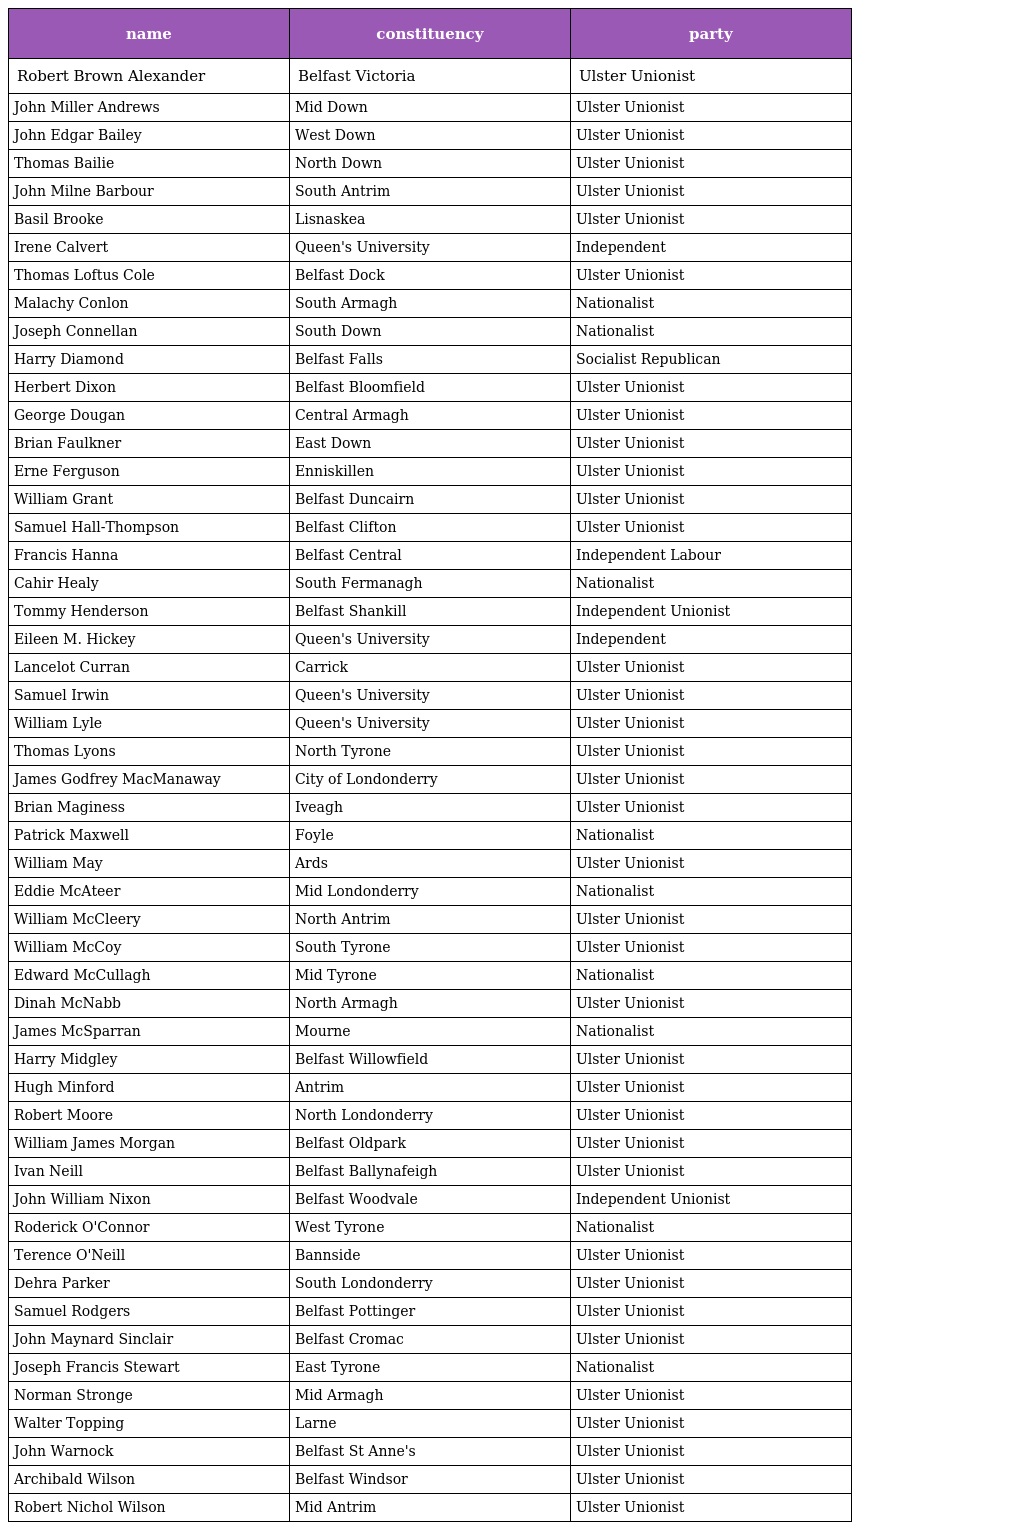
| name | constituency | party |
 | --- | --- | --- |
 | Robert Brown Alexander | Belfast Victoria | Ulster Unionist |
 | John Miller Andrews | Mid Down | Ulster Unionist |
 | John Edgar Bailey | West Down | Ulster Unionist |
 | Thomas Bailie | North Down | Ulster Unionist |
 | John Milne Barbour | South Antrim | Ulster Unionist |
 | Basil Brooke | Lisnaskea | Ulster Unionist |
 | Irene Calvert | Queen's University | Independent |
 | Thomas Loftus Cole | Belfast Dock | Ulster Unionist |
 | Malachy Conlon | South Armagh | Nationalist |
 | Joseph Connellan | South Down | Nationalist |
 | Harry Diamond | Belfast Falls | Socialist Republican |
 | Herbert Dixon | Belfast Bloomfield | Ulster Unionist |
 | George Dougan | Central Armagh | Ulster Unionist |
 | Brian Faulkner | East Down | Ulster Unionist |
 | Erne Ferguson | Enniskillen | Ulster Unionist |
 | William Grant | Belfast Duncairn | Ulster Unionist |
 | Samuel Hall-Thompson | Belfast Clifton | Ulster Unionist |
 | Francis Hanna | Belfast Central | Independent Labour |
 | Cahir Healy | South Fermanagh | Nationalist |
 | Tommy Henderson | Belfast Shankill | Independent Unionist |
 | Eileen M. Hickey | Queen's University | Independent |
 | Lancelot Curran | Carrick | Ulster Unionist |
 | Samuel Irwin | Queen's University | Ulster Unionist |
 | William Lyle | Queen's University | Ulster Unionist |
 | Thomas Lyons | North Tyrone | Ulster Unionist |
 | James Godfrey MacManaway | City of Londonderry | Ulster Unionist |
 | Brian Maginess | Iveagh | Ulster Unionist |
 | Patrick Maxwell | Foyle | Nationalist |
 | William May | Ards | Ulster Unionist |
 | Eddie McAteer | Mid Londonderry | Nationalist |
 | William McCleery | North Antrim | Ulster Unionist |
 | William McCoy | South Tyrone | Ulster Unionist |
 | Edward McCullagh | Mid Tyrone | Nationalist |
 | Dinah McNabb | North Armagh | Ulster Unionist |
 | James McSparran | Mourne | Nationalist |
 | Harry Midgley | Belfast Willowfield | Ulster Unionist |
 | Hugh Minford | Antrim | Ulster Unionist |
 | Robert Moore | North Londonderry | Ulster Unionist |
 | William James Morgan | Belfast Oldpark | Ulster Unionist |
 | Ivan Neill | Belfast Ballynafeigh | Ulster Unionist |
 | John William Nixon | Belfast Woodvale | Independent Unionist |
 | Roderick O'Connor | West Tyrone | Nationalist |
 | Terence O'Neill | Bannside | Ulster Unionist |
 | Dehra Parker | South Londonderry | Ulster Unionist |
 | Samuel Rodgers | Belfast Pottinger | Ulster Unionist |
 | John Maynard Sinclair | Belfast Cromac | Ulster Unionist |
 | Joseph Francis Stewart | East Tyrone | Nationalist |
 | Norman Stronge | Mid Armagh | Ulster Unionist |
 | Walter Topping | Larne | Ulster Unionist |
 | John Warnock | Belfast St Anne's | Ulster Unionist |
 | Archibald Wilson | Belfast Windsor | Ulster Unionist |
 | Robert Nichol Wilson | Mid Antrim | Ulster Unionist |